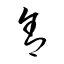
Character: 舍